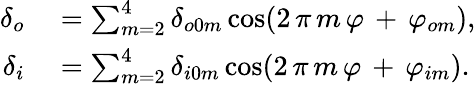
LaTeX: \begin{array}{rl}{\delta_{o}}&{{}=\sum_{m=2}^{4}{\delta_{o0m}\cos(2\, \pi\, m\, \varphi\, +\, \varphi_{om})},}\\ {\delta_{i}}&{{}=\sum_{m=2}^{4}{\delta_{i0m}\cos(2\, \pi\, m\, \varphi\, +\, \varphi_{im})}.}\end{array}